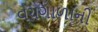
વચગાળાની